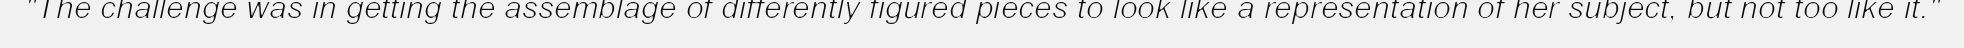
"The challenge was in getting the assemblage of differently figured pieces to look like a representation of her subject, but not too like it."